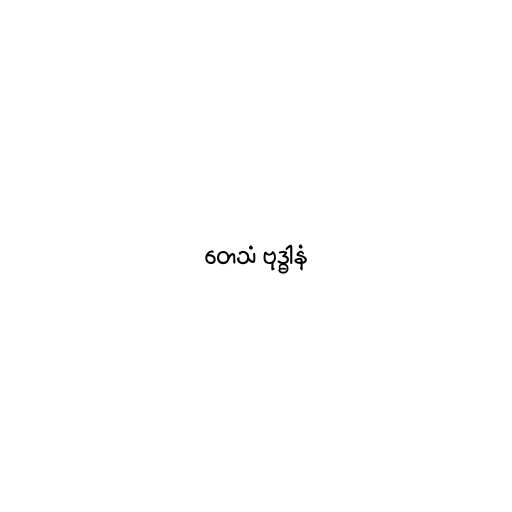
တေသံ ဗုဒ္ဓါနံ